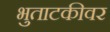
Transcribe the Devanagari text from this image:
भुताटकीवर